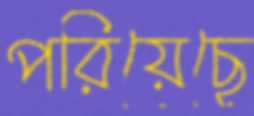
পরিয়েছে